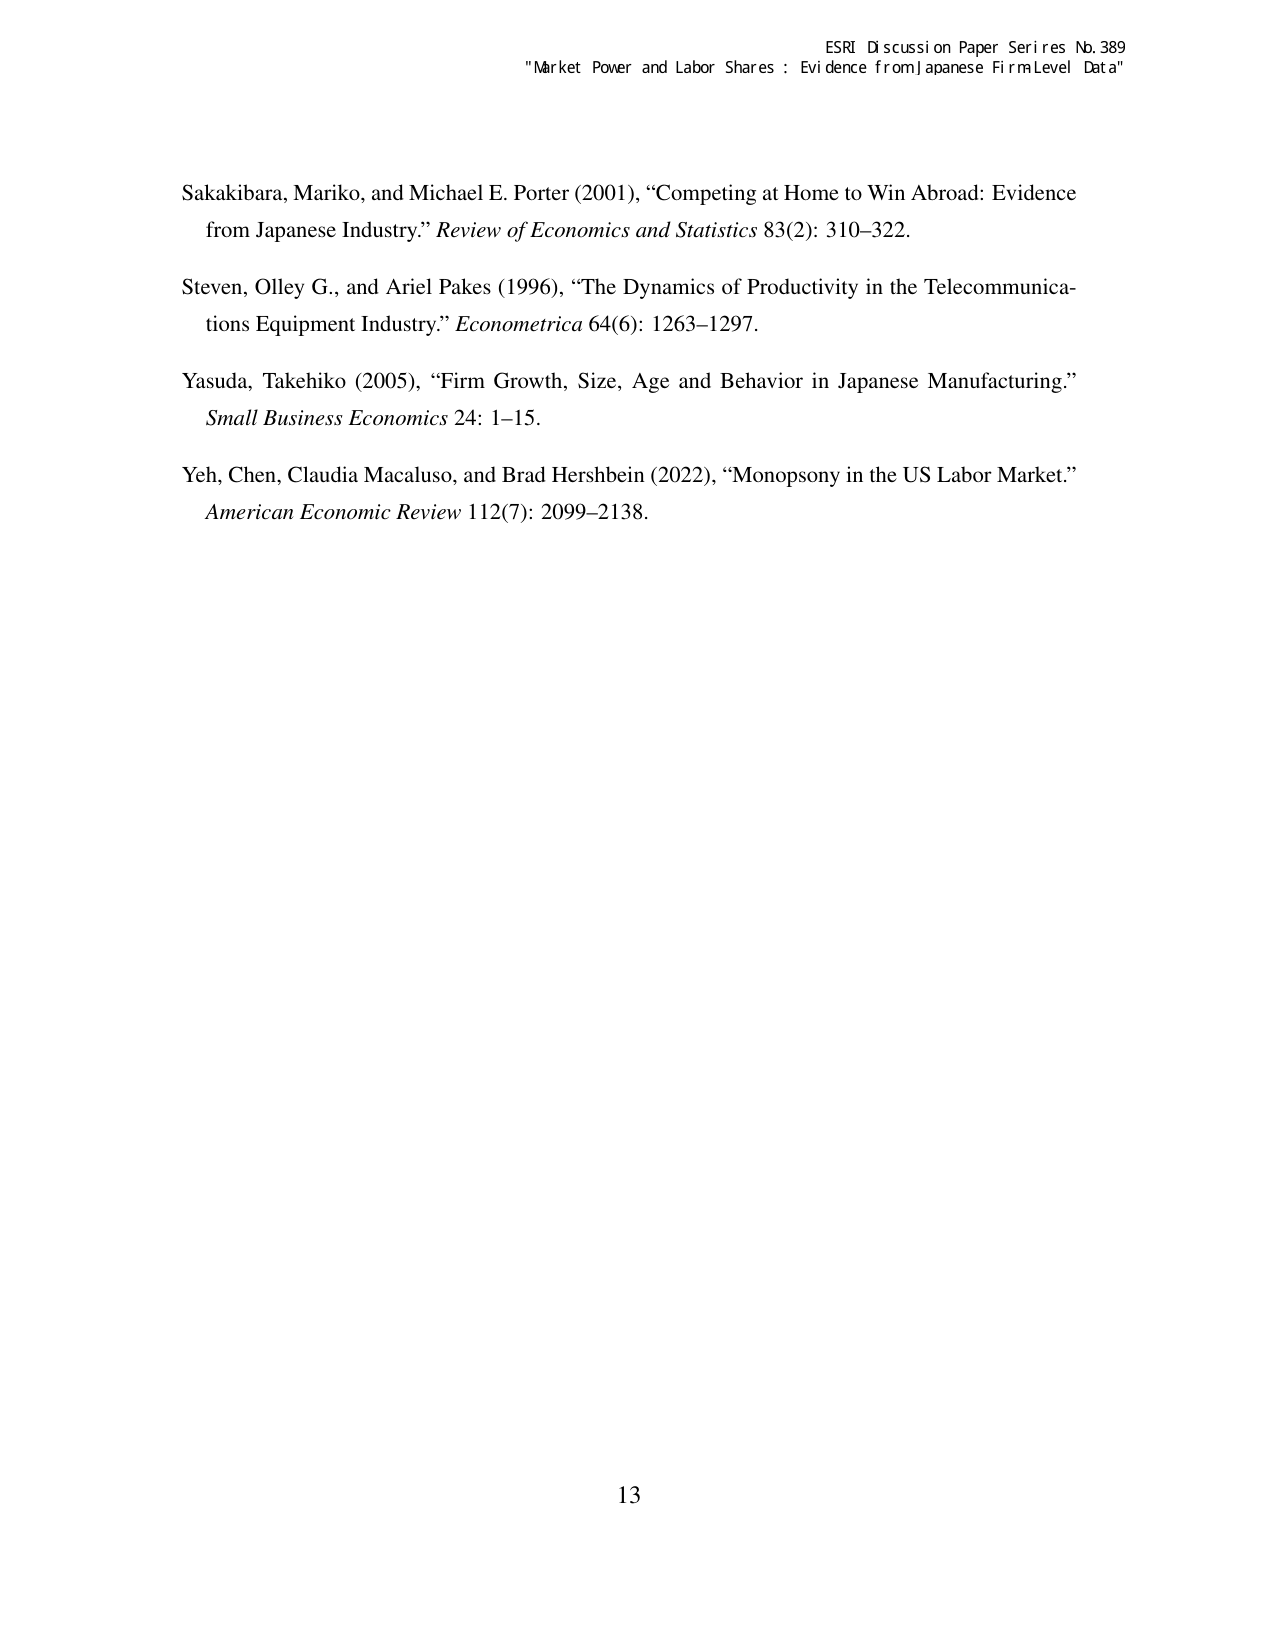
ESRI Discussion Paper Series No. 389
"Market Power and Labor Shares : Evidence from Japanese Firm Level Data"

Sakakibara, Mariko, and Michael E. Porter (2001), “Competing at Home to Win Abroad: Evidence from Japanese Industry.” Review of Economics and Statistics 83(2): 310–322.

Steven, Olley G., and Ariel Pakes (1996), “The Dynamics of Productivity in the Telecommunications Equipment Industry.” Econometrica 64(6): 1263–1297.

Yasuda, Takehiko (2005), “Firm Growth, Size, Age and Behavior in Japanese Manufacturing.” Small Business Economics 24: 1–15.

Yeh, Chen, Claudia Macaluso, and Brad Hershbein (2022), “Monopsony in the US Labor Market.” American Economic Review 112(7): 2099–2138.

13